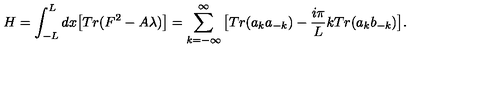
H = \int _ { - L } ^ { L } d x \big [ T r ( F ^ { 2 } - A \lambda ) \big ] = \sum _ { k = - \infty } ^ { \infty } \big [ T r ( a _ { k } a _ { - k } ) - { \frac { i \pi } { L } } k T r ( a _ { k } b _ { - k } ) \big ] .